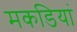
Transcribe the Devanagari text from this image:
मकडियां